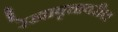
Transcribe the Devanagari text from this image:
रेखावृत्तावरील